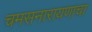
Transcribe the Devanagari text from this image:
चमसनारायणाचा